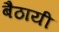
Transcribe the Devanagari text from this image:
बैठायी